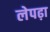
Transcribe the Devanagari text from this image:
लेपढ़ा